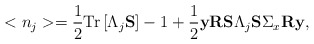
\begin{align*}<n_j>=\frac 12{\rm T}{\rm r}\left[\Lambda_j{\bf S}\right]-1+\frac 12{\bf y}{\bf R}\mbox{${\bf S}\Lambda_j{\bf S}\Sigma_x{\bf R}{\bf y}$},\end{align*}